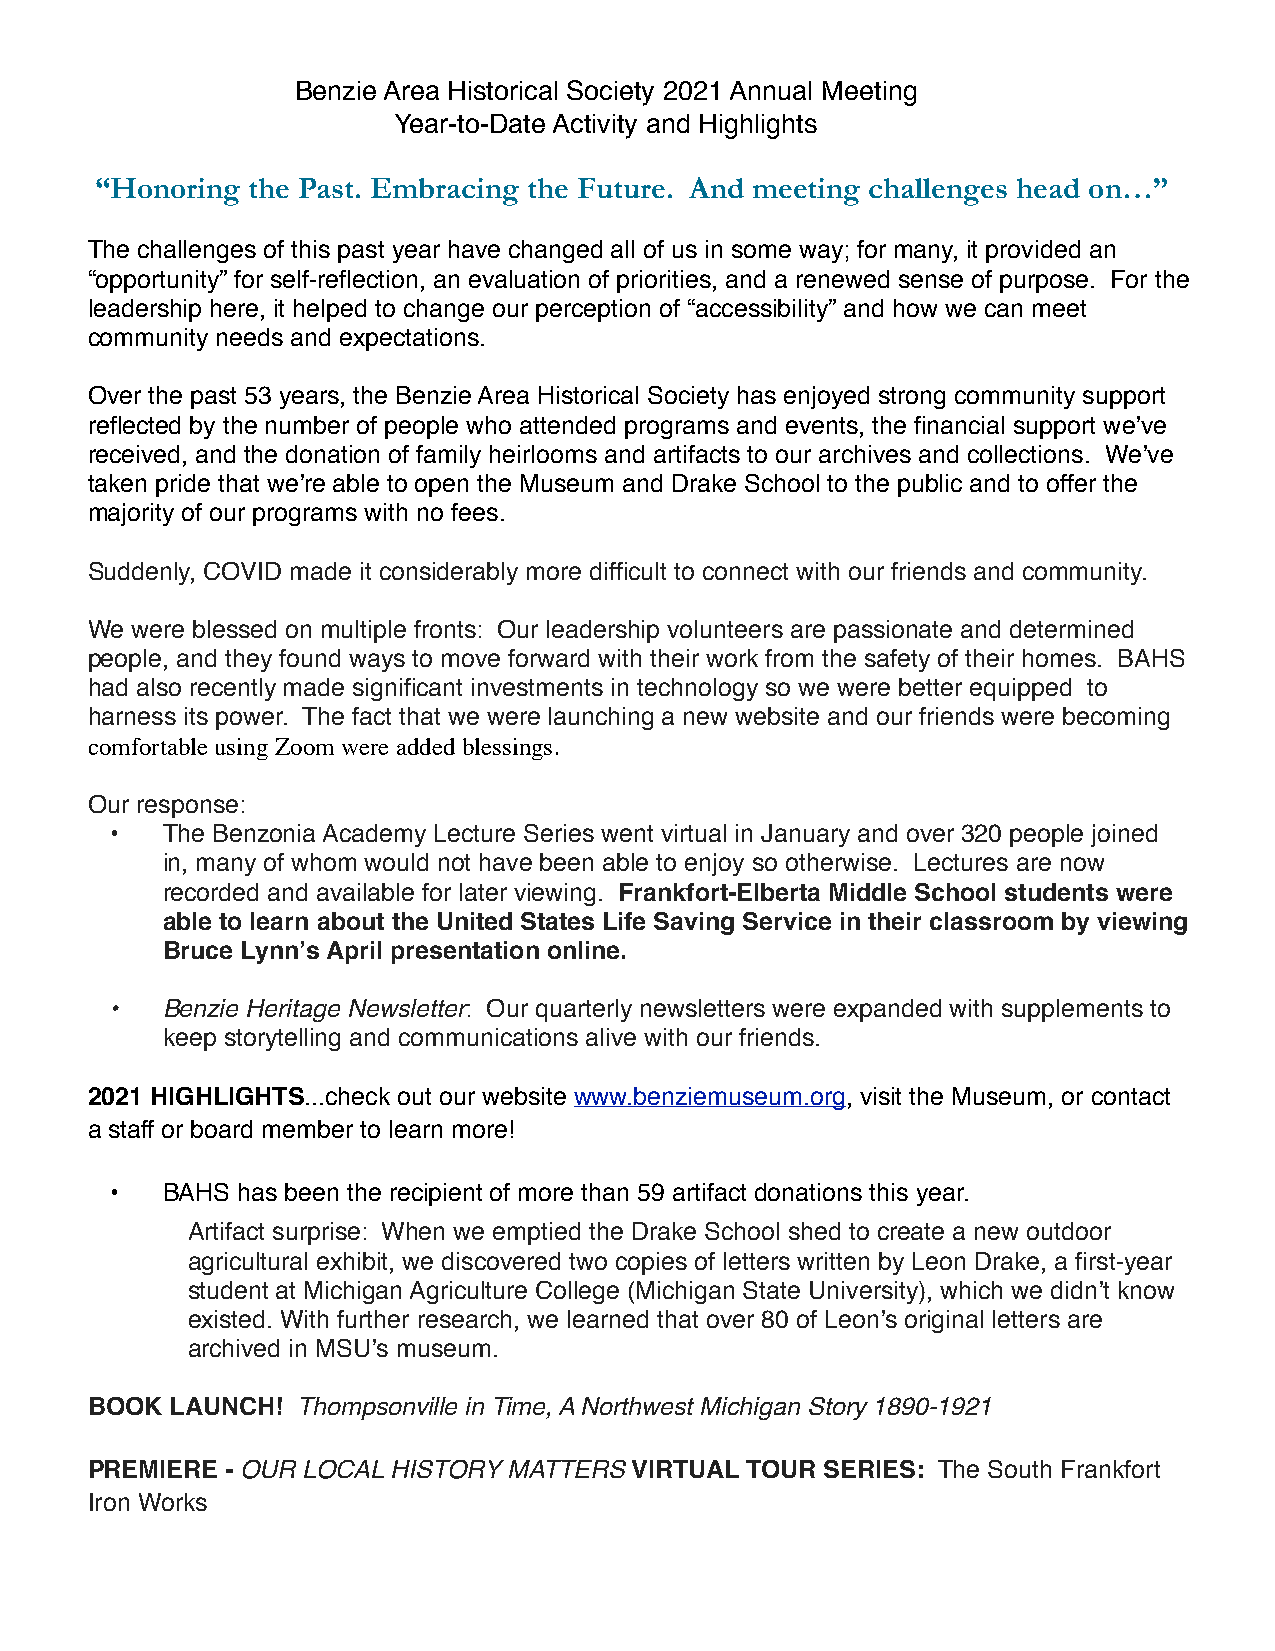
Benzie Area Historical Society 2021 Annual Meeting
 Year-to-Date Activity and Highlights
 “Honoring the Past. Embracing the Future. And meeting challenges head on…”
 The challenges of this past year have changed all of us in some way; for many, it provided an
 “opportunity” for self-reflection, an evaluation of priorities, and a renewed sense of purpose. For the
 leadership here, it helped to change our perception of “accessibility” and how we can meet
 community needs and expectations.
 Over the past 53 years, the Benzie Area Historical Society has enjoyed strong community support
 reflected by the number of people who attended programs and events, the financial support weʼve
 received, and the donation of family heirlooms and artifacts to our archives and collections. Weʼve
 taken pride that weʼre able to open the Museum and Drake School to the public and to offer the
 majority of our programs with no fees.
 Suddenly, COVID made it considerably more difficult to connect with our friends and community.
 We were blessed on multiple fronts: Our leadership volunteers are passionate and determined
 people, and they found ways to move forward with their work from the safety of their homes. BAHS
 had also recently made significant investments in technology so we were better equipped to
 harness its power. The fact that we were launching a new website and our friends were becoming
 comfortable using Zoom were added blessings.
 Our response:
 # •# The Benzonia Academy Lecture Series went virtual in January and over 320 people joined
 in, many of whom would not have been able to enjoy so otherwise. Lectures are now
 recorded and available for later viewing. Frankfort-Elberta Middle School students were
 able to learn about the United States Life Saving Service in their classroom by viewing
 Bruce Lynnʼs April presentation online.
 ! •! Benzie Heritage Newsletter: Our quarterly newsletters were expanded with supplements to
 keep storytelling and communications alive with our friends.
 2021 HIGHLIGHTS...check out our website www.benziemuseum.org, visit the Museum, or contact
 a staff or board member to learn more!
 # •# BAHS has been the recipient of more than 59 artifact donations this year.
 Artifact surprise: When we emptied the Drake School shed to create a new outdoor
 agricultural exhibit, we discovered two copies of letters written by Leon Drake, a first-year
 student at Michigan Agriculture College (Michigan State University), which we didnʼt know
 existed. With further research, we learned that over 80 of Leonʼs original letters are
 archived in MSUʼs museum.
 BOOK LAUNCH!  Thompsonville in Time, A Northwest Michigan Story 1890-1921
 PREMIERE - OUR LOCAL HISTORY MATTERS VIRTUAL TOUR SERIES: The South Frankfort
 Iron Works